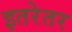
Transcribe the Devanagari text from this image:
इतरेतर